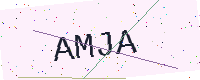
Text: AMJA